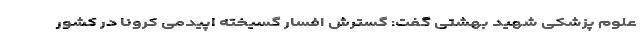
علوم پزشکی شهید بهشتی گفت: گسترش افسار گسیخته اپیدمی کرونا در کشور